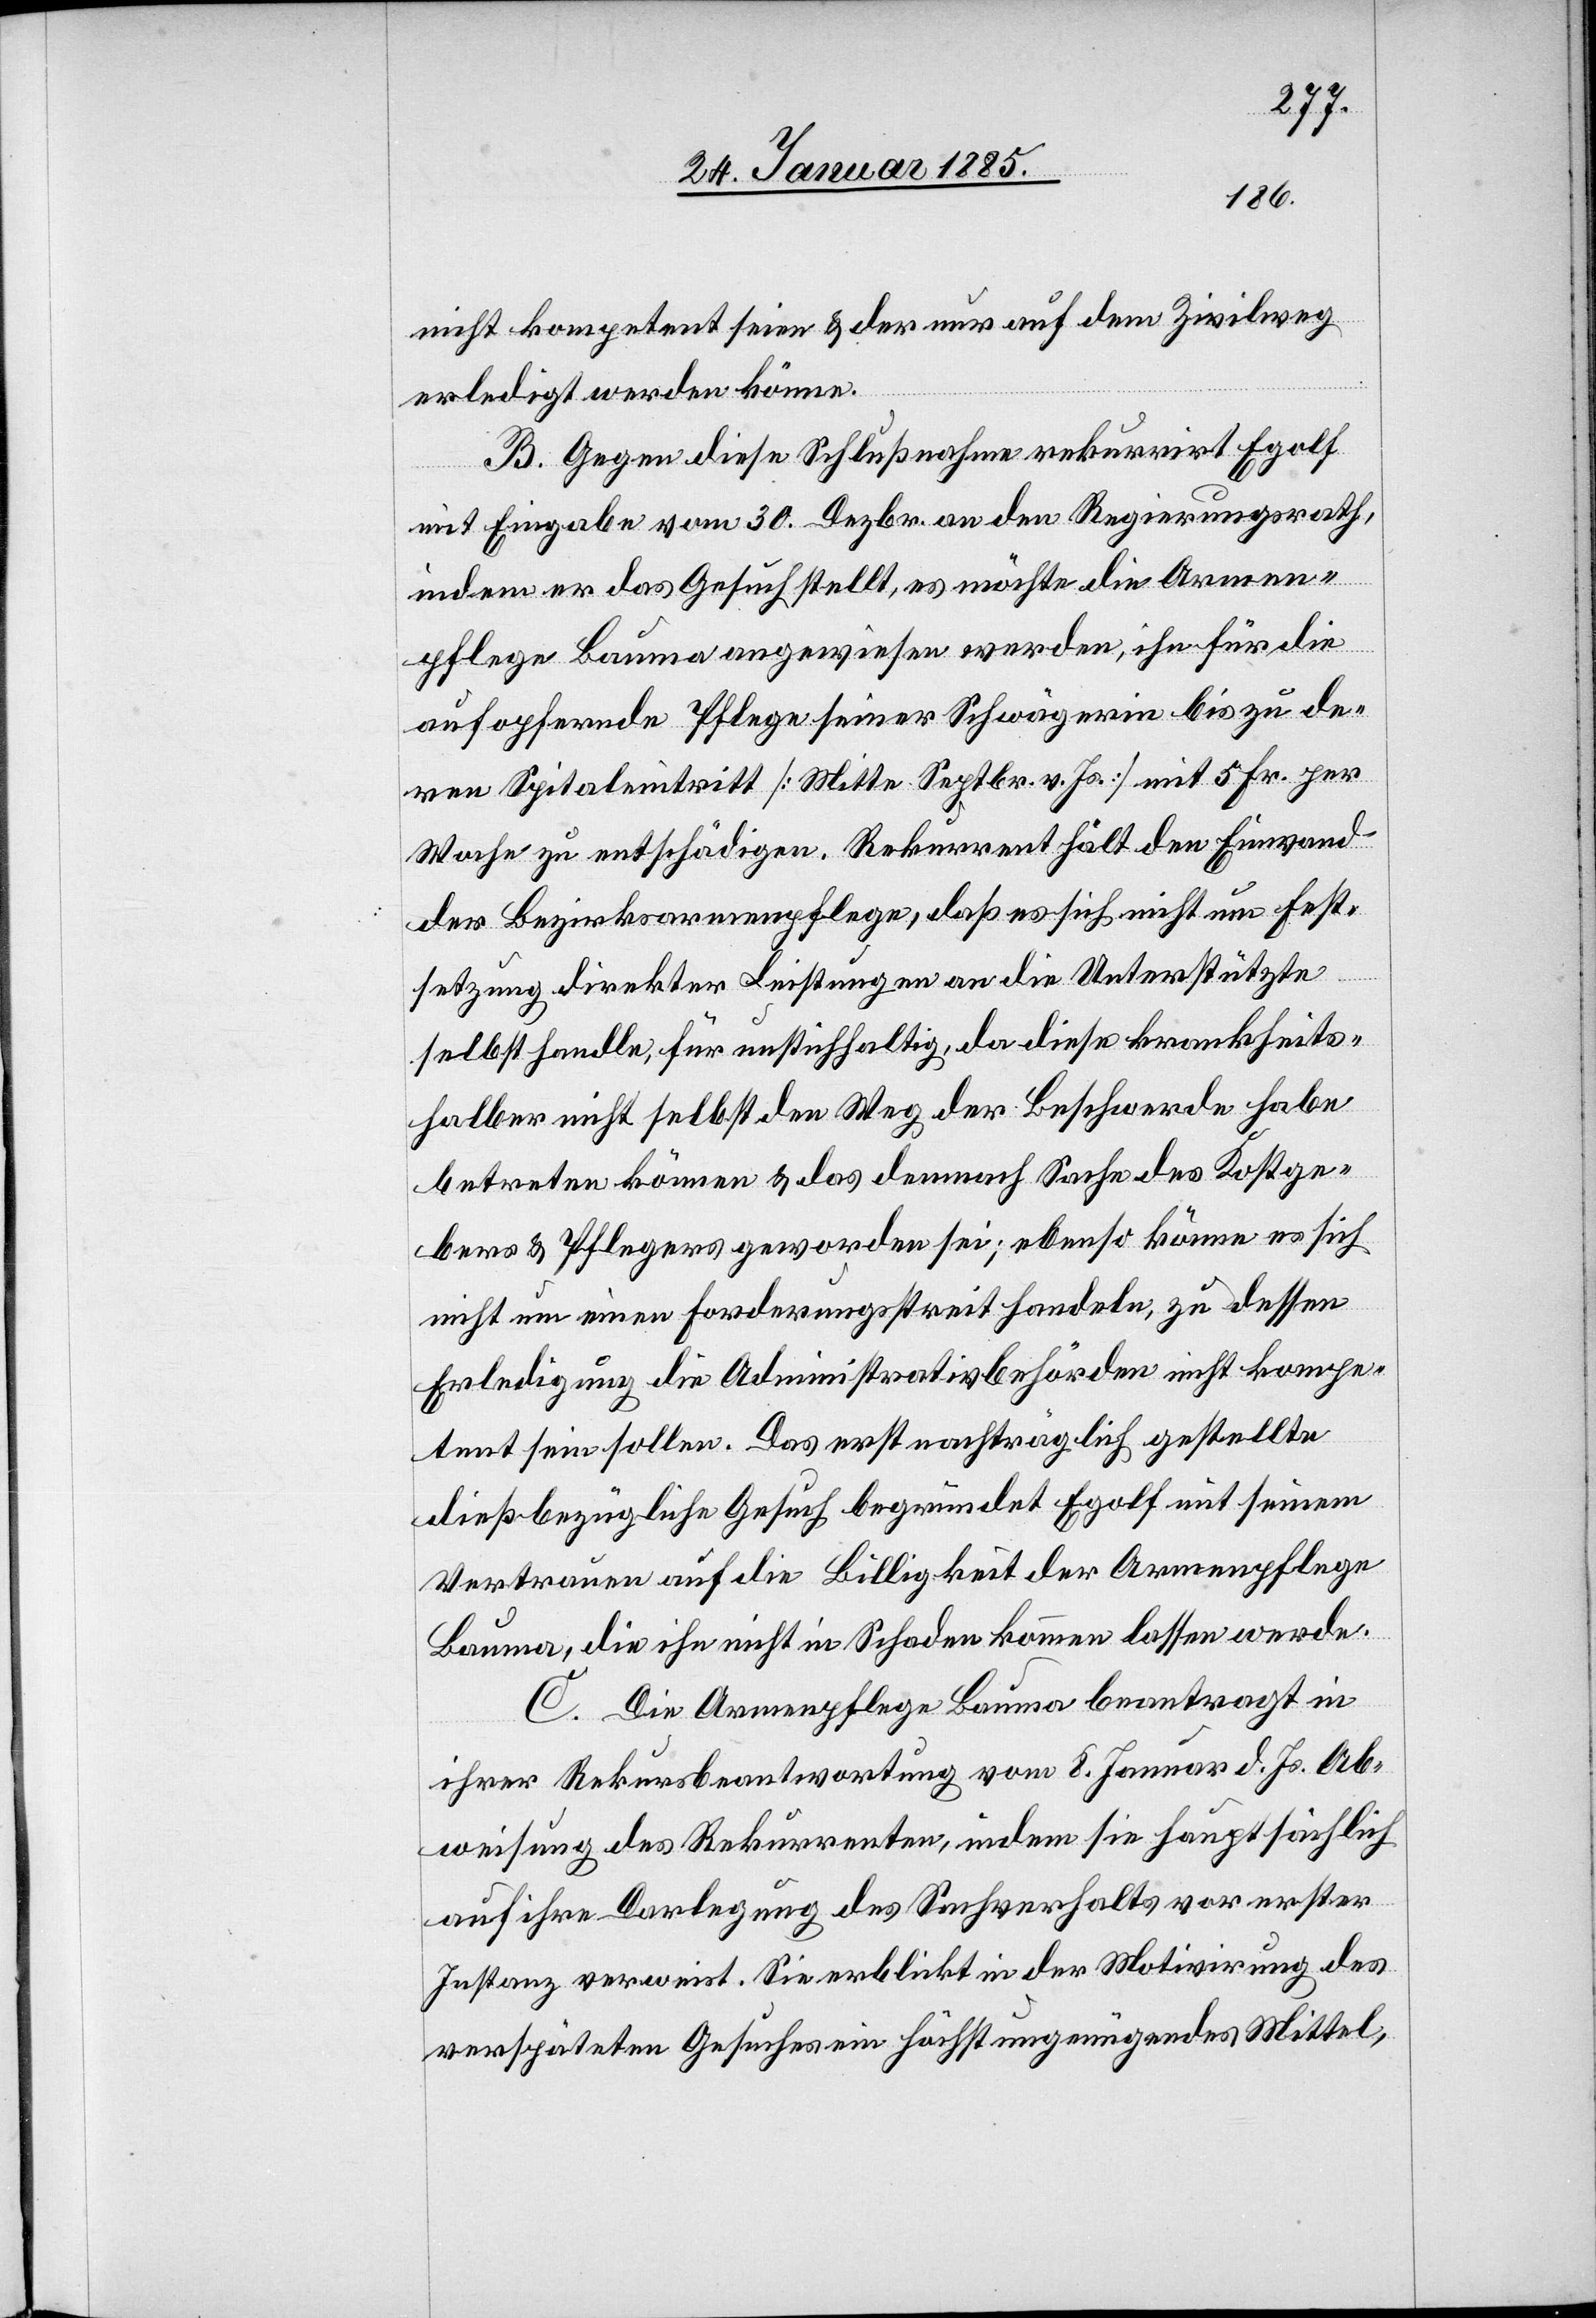
nicht kompetent seien & der nur auf dem Zivilweg
erledigt werden könne.
B. Gegen diese Schlußnahme rekurrirt Egolf
mit Eingabe vom 30. Dezbr. an den Regierungsrath,
indem er das Gesuch stellt, es möchte die Armen¬
pflege Bauma angewiesen werden, ihn für die
aufopfernde Pflege seiner Schwägerin bis zu de¬
ren Spitaleintritt [Mitte Septbr. v. Js.] mit 5 Fr. per
Woche zu entschädigen. Rekurrent hält den Einwand
der Bezirksarmenpflege, daß es sich nicht um Fest¬
setzung direkter Leistungen an die Unterstützte
selbst handle, für unstichhaltig, da diese krankheits¬
halber nicht selbst den Weg der Beschwerde habe
betreten können & das demnach Sache des Kostge¬
bers & Pflegers geworden sei; ebenso könne es sich
nicht um einen Forderungsstreit handeln, zu dessen
Erledigung die Administrativbehörden nicht kompe¬
tent sein sollen. Das erst nachträglich gestellte
dießbezügliche Gesuch begründet Egolf mit seinem
Vertrauen auf die Billigkeit der Armenpflege
Bauma, die ihn nicht in Schaden kommen lassen werde.
C. Die Armenpflege Baume beantragt in
ihrer Rekursbeantwortung vom 8. Januar d. Js. Ab¬
weisung des Rekurrenten, indem sie hauptsächlich
auf ihre Darlegung des Sachverhalts vor erster
Instanz verweist. Sie erblickt in der Motivirung des
verspäteten Gesuches ein höchst ungenügendes Mittel,